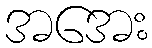
အအေး